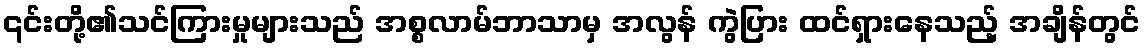
၎င်းတို့၏သင်ကြားမှုများသည် အစ္စလာမ်ဘာသာမှ အလွန် ကွဲပြား ထင်ရှားနေသည့် အချိန်တွင်